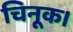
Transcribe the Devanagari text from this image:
चिनूक।